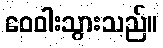
ဝေဝါးသွားသည်။